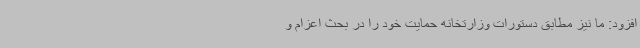
افزود: ما نیز مطابق دستورات وزارتخانه حمایت خود را در بحث اعزام و